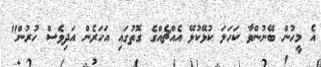
އެ މީހުން ބޭނުންވާ ކަހަލަ ކުޅޭކުޅޭ އެއްޗެއްގެ ގޮތުގައި އަހަރެން އަދިވެސް ހުރުން"